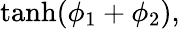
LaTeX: \operatorname{tanh}(\phi_{1}+\phi_{2}),